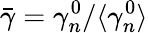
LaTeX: \bar{\gamma}=\gamma_{n}^{0}/\langle\gamma_{n}^{0}\rangle